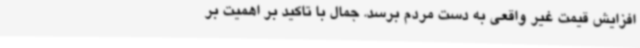
افزایش قیمت غیر واقعی به دست مردم برسد. جمال با تاکید بر اهمیت بر